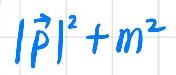
$|\vec{p}|^{2}+m^{2}$